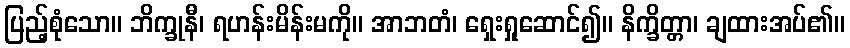
ပြည့်စုံသော။ ဘိက္ခုနီ၊ ရဟန်းမိန်းမကို။ အာဘတံ၊ ရှေးရှုဆောင်၍။ နိက္ခိတ္တာ၊ ချထားအပ်၏။